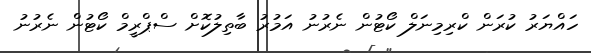
ހައްޔަރު ކުރަން ކްރިމިނަލް ކޯޓުން ނެރުނު އަމުރު ބާތިލުކޮށް ސްޕްރީމް ކޯޓުން ނެރުނު